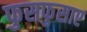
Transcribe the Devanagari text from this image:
फुसफुसाए